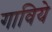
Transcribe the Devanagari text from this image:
गाविये